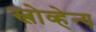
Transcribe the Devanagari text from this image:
स्लोव्हेन्य